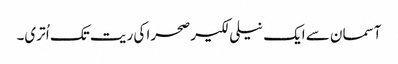
آسمان سے ایک نیلی لکیر صحرا کی ریت تک اُ تری۔